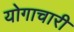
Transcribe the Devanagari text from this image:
योगाचारी